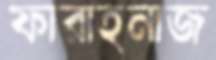
ফারাহনাজ